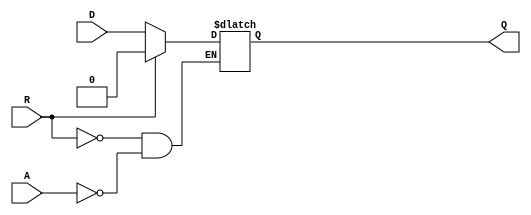
module async_register (
    input wire D,        // Data input
    input wire A,        // Asynchronous control signal
    input wire R,        // Reset signal
    output reg Q         // Data output
);

    // Always block to handle asynchronous behavior
    always @(*) begin
        if (R) begin
            Q <= 1'b0;   // Reset the register to 0
        end else if (A) begin
            Q <= D;      // Capture the data input when A is asserted
        end
        // If neither R nor A is asserted, Q retains its previous value
    end

endmodule